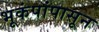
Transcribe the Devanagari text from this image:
भूकंपांपासून